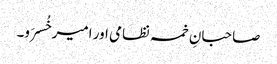
صاحبانِ خمسہ نظامی اور امیر خُسرَو۔